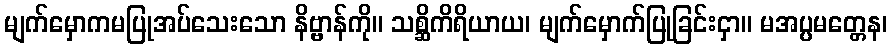
မျက်မှောကမပြုအပ်သေးသော နိဗ္ဗာန်ကို။ သစ္ဆိကိရိယာယ၊ မျက်မှောက်ပြုခြင်းငှာ။ မအပ္ပမတ္တေန၊